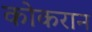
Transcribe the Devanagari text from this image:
कोकरान